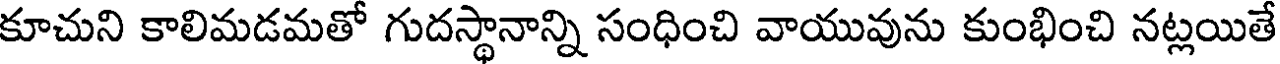
కూచుని కాలిమడమతో గుదస్థానాన్ని సంధించి వాయువును కుంభించి నట్లయితే